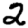
Digit: 2